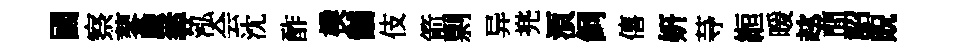
國察蓼颼尋泓会沈酢樸黼伎箭剽异兠湏飼僖妍䒭縆暖趑蕳詔貺